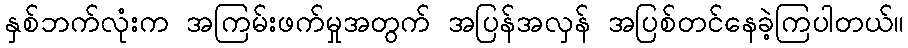
နှစ်ဘက်လုံးက အကြမ်းဖက်မှုအတွက် အပြန်အလှန် အပြစ်တင်နေခဲ့ကြပါတယ်။